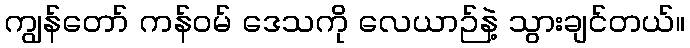
ကျွန်တော် ကန်ဝမ် ဒေသကို လေယာဉ်နဲ့ သွားချင်တယ်။